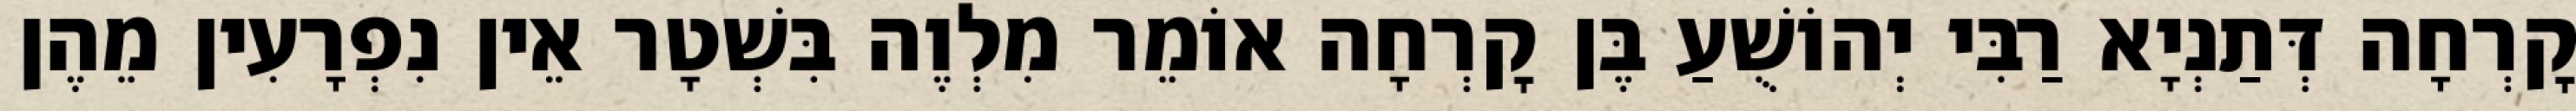
קׇרְחָה דְּתַנְיָא רַבִּי יְהוֹשֻׁעַ בֶּן קׇרְחָה אוֹמֵר מִלְוֶה בִּשְׁטָר אֵין נִפְרָעִין מֵהֶן